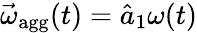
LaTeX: {\vec{\omega}_{\mathrm{agg}}(t)=\hat{a}_{\mathrm{1}}\omega(t)}